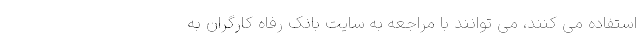
استفاده می کنند، می توانند با مراجعه به سایت بانک رفاه کارگران به